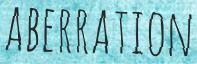
ABERRATION